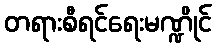
တရားစီရင်ရေးမဏ္ဍိုင်